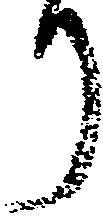
り